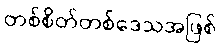
တစ်စိတ်တစ်ဒေသအဖြစ်